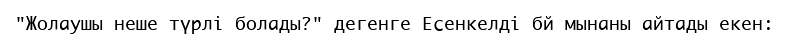
"Жолаушы неше түрлі болады?" дегенге Есенкелді бй мынаны айтады екен: